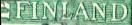
FINLAND